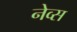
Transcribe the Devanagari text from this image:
नेव्स